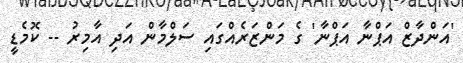
'އަންދާޒް އަޕްނާ އަޕްނާ' ގެ މަންޒަރެއްގައި ސަލްމާން އަދި އާމިރު -- ކޮމެޑީ